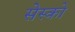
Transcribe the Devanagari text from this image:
सेस्को